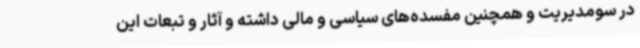
در سومدیریت و همچنین مفسده‌های سیاسی و مالی داشته و آثار و تبعات این